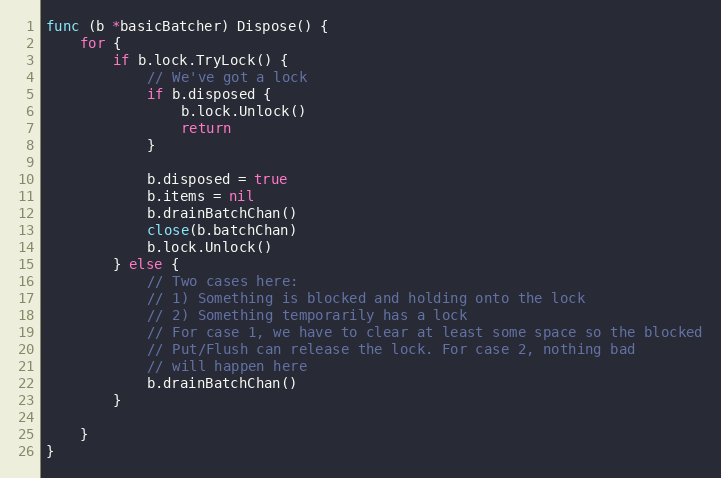
Language: Go
func (b *basicBatcher) Dispose() {
	for {
		if b.lock.TryLock() {
			// We've got a lock
			if b.disposed {
				b.lock.Unlock()
				return
			}

			b.disposed = true
			b.items = nil
			b.drainBatchChan()
			close(b.batchChan)
			b.lock.Unlock()
		} else {
			// Two cases here:
			// 1) Something is blocked and holding onto the lock
			// 2) Something temporarily has a lock
			// For case 1, we have to clear at least some space so the blocked
			// Put/Flush can release the lock. For case 2, nothing bad
			// will happen here
			b.drainBatchChan()
		}

	}
}